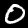
Label: 0